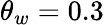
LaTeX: \theta_{w}=0.3